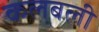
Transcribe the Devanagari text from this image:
कलबली